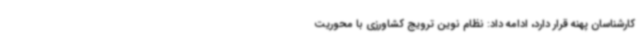
کارشناسان پهنه قرار دارد، ادامه داد: نظام نوین ترویج کشاورزی با محوریت